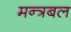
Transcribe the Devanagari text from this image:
मन्त्रबल